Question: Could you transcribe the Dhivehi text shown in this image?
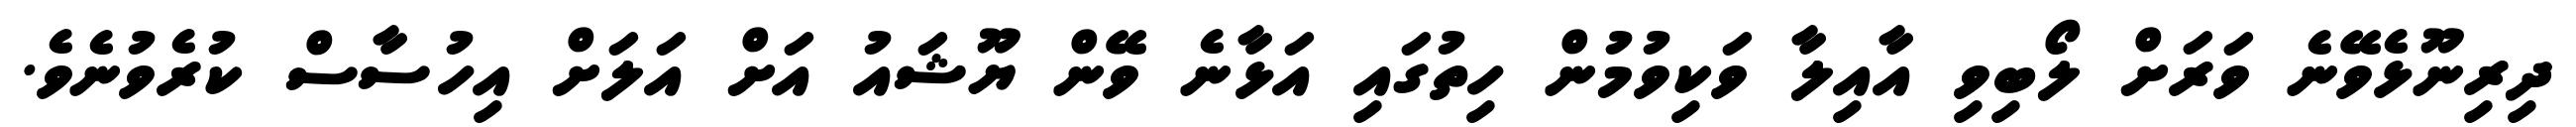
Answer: ދިރިނޫޅެވޭނެ ވަރަށް ލޯބިވި އާއިލާ ވަކިވުމުން ހިތުގައި އަޅާނެ ވޭން ޔޫޝައު އަށް އަލަށް އިހުސާސް ކުރެވުނެވެ.